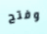
وفتح